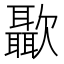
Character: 㱌